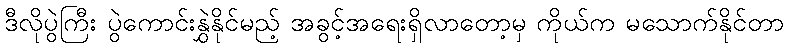
ဒီလိုပွဲကြီး ပွဲကောင်းနွှဲနိုင်မည့် အခွင့်အရေးရှိလာတော့မှ ကိုယ်က မသောက်နိုင်တာ